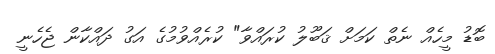
ބޮޑު މީހެއް ނެތް ކަމަށް ޤަބޫލު ކުރައްވާ" ކުރެއްވުމުގެ އަގު ދައްކާން ޖެހެނީ